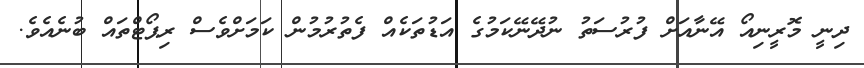
ދިނީ މޮރީނިއޯ އޭނާއަށް ފުރުސަތު ނުދޭނޭކަމުގެ އަޑުތަކެއް ފެތުރުމުން ކަމަށްވެސް ރިޕޯޓްތައް ބުނެއެވެ.